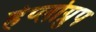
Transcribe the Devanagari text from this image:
हेप्लोग्रुप